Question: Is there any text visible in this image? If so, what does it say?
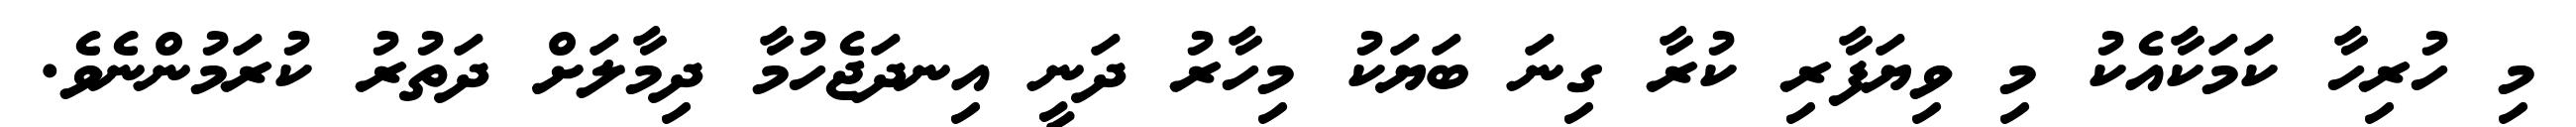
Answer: މި ހުރިހާ ކަމަކާއެކު މި ވިޔަފާރި ކުރާ ގިނަ ބަޔަކު މިހާރު ދަނީ އިނދަޖެހުމާ ދިމާލަށް ދަތުރު ކުރަމުންނެވެ.